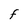
Character: F